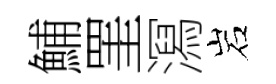
鯆罣㵼岩